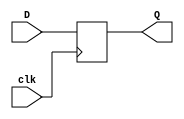
module dff(
input clk,
input [127:0] D,
output reg [127:0] Q
    );
    
    
    always @(posedge clk) begin
    Q <= D;
    
    
    end
endmodule